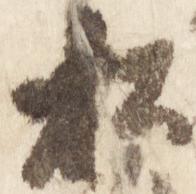
松